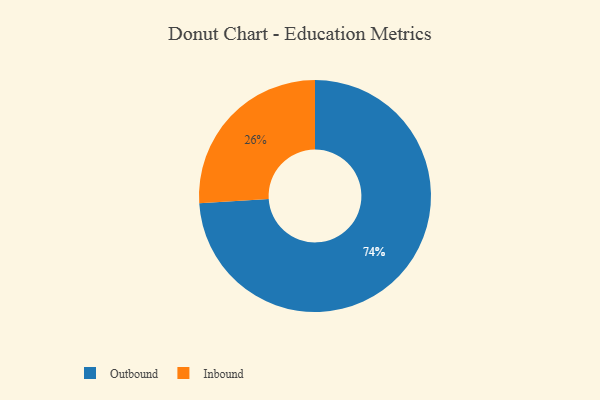
{"axis": {"x": "Category", "y": "Percentage"}, "legend": ["Inbound", "Outbound"], "data": [{"x": "Outbound", "y": 74, "type": "Outbound"}, {"x": "Inbound", "y": 26, "type": "Inbound"}]}